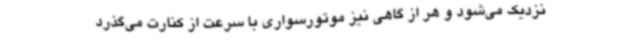
نزدیک می‌شود و هر از گاهی نیز موتورسواری با سرعت از کنارت می‌گذرد